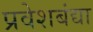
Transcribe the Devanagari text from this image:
प्रवेशबंद्या